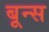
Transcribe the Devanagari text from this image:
बून्स